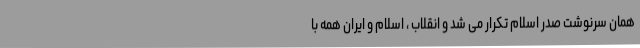
همان سرنوشت صدر اسلام تکرار می شد و انقلاب ، اسلام و ایران همه با